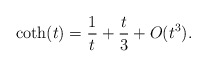
\begin{align*}\coth(t)=\frac{1}{t}+\frac{t}{3}+O(t^3). \end{align*}